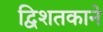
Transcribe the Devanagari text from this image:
द्विशतकाने